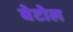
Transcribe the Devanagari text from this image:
बेटोल